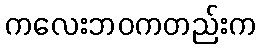
ကလေးဘဝကတည်းက